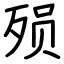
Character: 殒